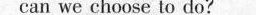
can we choose to do?